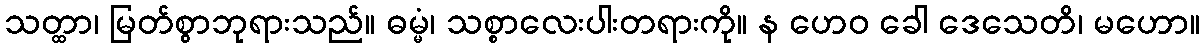
သတ္ထာ၊ မြတ်စွာဘုရားသည်။ ဓမ္မံ၊ သစ္စာလေးပါးတရားကို။ န ဟေဝ ခေါ ဒေသေတိ၊ မဟော။